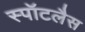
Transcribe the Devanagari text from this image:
स्पॉटलैस